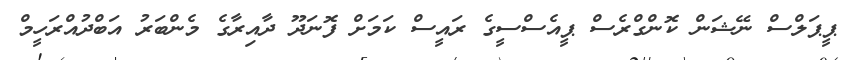
ޕީޕަލްސް ނޭޝަން ކޮންގްރެސް ޕީއެސްސީގެ ރައީސް ކަމަށް ފޮނަދޫ ދާއިރާގެ މެންބަރު އަބްދުއްރަހީމް